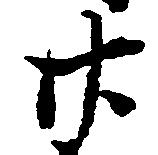
廿